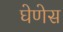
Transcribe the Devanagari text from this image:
घेणेस